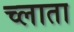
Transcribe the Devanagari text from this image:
च्लाता